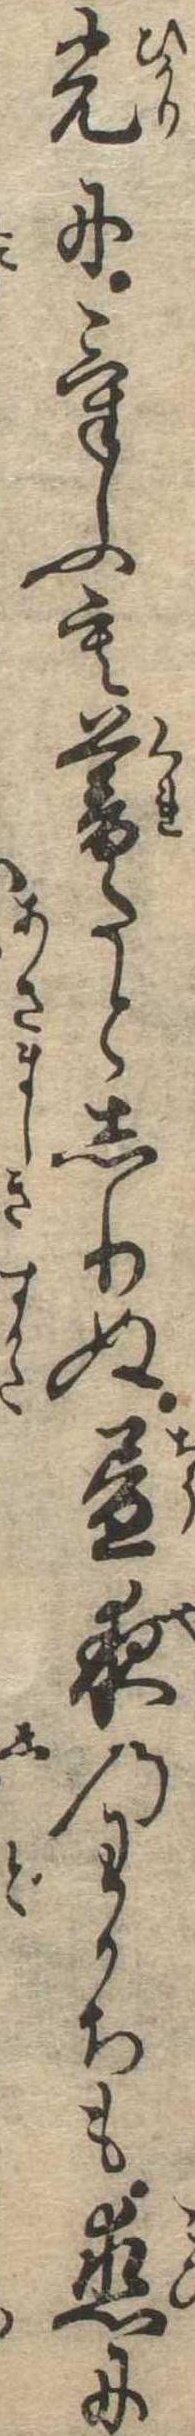
光にけふも暮たとしりぬ昼夜のわかちも恋に